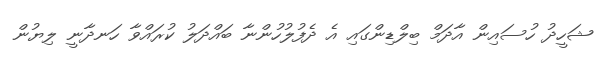
ޝަހީދު ހުސައިން އާދަމް ބިލްޑިންގައި އެ ދެފުލުހުންނާ ބައްދަލު ކުރައްވާ ހަނދާނީ ލިޔުން